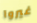
غيروا